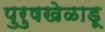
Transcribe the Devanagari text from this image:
पुरुषखेळाडू